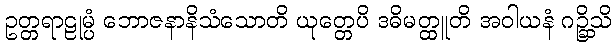
ဥတ္တရာဠုမ္ပံ ဘောဇနာနိသံသောတိ ယုတ္တေပိ ဒဓိမတ္ထူတိ အဝါယနံ ဂဉ္ဆိသိ